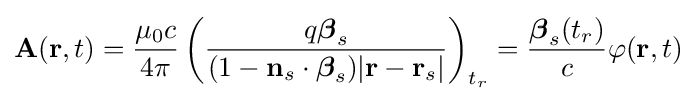
\mathbf {A} (\mathbf {r} ,t)={\frac {\mu _{0}c}{4\pi }}\left({\frac {q{\boldsymbol {\beta }}_{s}}{(1-\mathbf {n} _{s}\cdot {\boldsymbol {\beta }}_{s})|\mathbf {r} -\mathbf {r} _{s}|}}\right)_{t_{r}}={\frac {{\boldsymbol {\beta }}_{s}(t_{r})}{c}}\varphi (\mathbf {r} ,t)